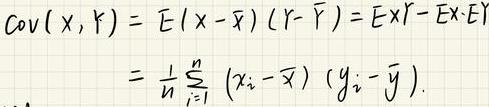
\[
\begin{align*}
\mathrm{Cov}(X,Y)&=E[(X - \bar{X})(Y - \bar{Y})]=E[XY]-E[X]E[Y]\\
&=\frac{1}{n}\sum_{i = 1}^{n}(x_{i}-\bar{x})(y_{i}-\bar{y}).
\end{align*}
\]